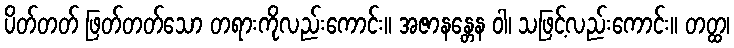
ပိတ်တတ် ဖြတ်တတ်သော တရားကိုလည်းကောင်း။ အဇာနန္တေန ဝါ၊ သဖြင့်လည်းကောင်း။ တတ္ထ၊